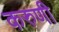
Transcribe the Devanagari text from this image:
करुणी